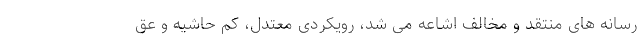
رسانه های منتقد و مخالف اشاعه می شد، رویکردی معتدل، کم حاشیه و عق